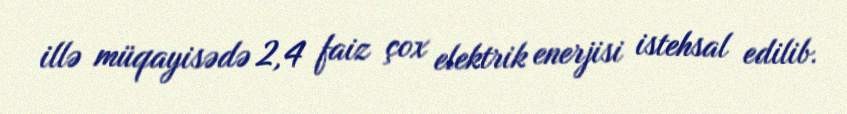
illə müqayisədə 2,4 faiz çox elektrik enerjisi istehsal edilib.